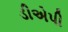
ડીએપી